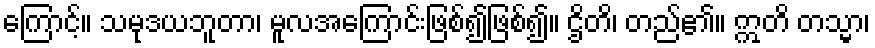
ကြောင့်။ သမုဒယဘူတာ၊ မူလအကြောင်းဖြစ်၍ဖြစ်၍။ ဌိတိ၊ တည်၏။ ဣတိ တသ္မာ၊